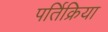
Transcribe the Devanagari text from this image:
पर्तिक्रिया